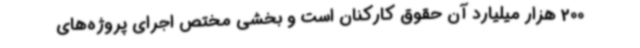
200 هزار میلیارد آن حقوق کارکنان است و بخشی مختص اجرای پروژه‌های